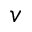
v